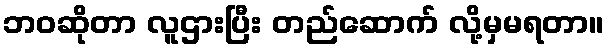
ဘဝဆိုတာ လူဌားပြီး တည်ဆောက် လို့မှမရတာ။